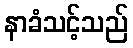
နာခံသင့်သည်